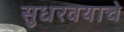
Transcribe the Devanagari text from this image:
सुधरवयाचे